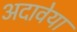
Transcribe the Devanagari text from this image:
अदावेया